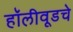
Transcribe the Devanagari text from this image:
हॉलीवूडचे